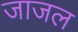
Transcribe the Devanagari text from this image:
जाजल